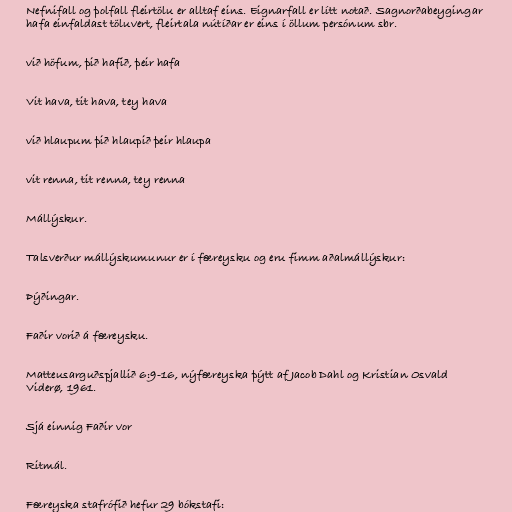
Nefnifall og þolfall fleirtölu er alltaf eins. Eignarfall er lítt notað. Sagnorðabeygingar
hafa einfaldast töluvert, fleirtala nútíðar er eins í öllum persónum sbr.

við höfum, þið hafið, þeir hafa

Vit hava, tit hava, tey hava

við hlaupum þið hlaupið þeir hlaupa

vit renna, tit renna, tey renna

Mállýskur.

Talsverður mállýskumunur er í færeysku og eru fimm aðalmállýskur:

Þýðingar.

Faðir vorið á færeysku.

Matteusarguðspjallið 6:9-16, nýfæreyska þýtt af Jacob Dahl og Kristian Osvald
Viderø, 1961.

Sjá einnig Faðir vor

Ritmál.

Færeyska stafrófið hefur 29 bókstafi: